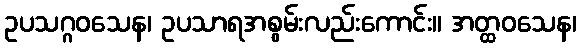
ဥပသဂ္ဂဝသေန၊ ဥပသာရအစွမ်းလည်းကောင်း။ အတ္ထဝသေန၊